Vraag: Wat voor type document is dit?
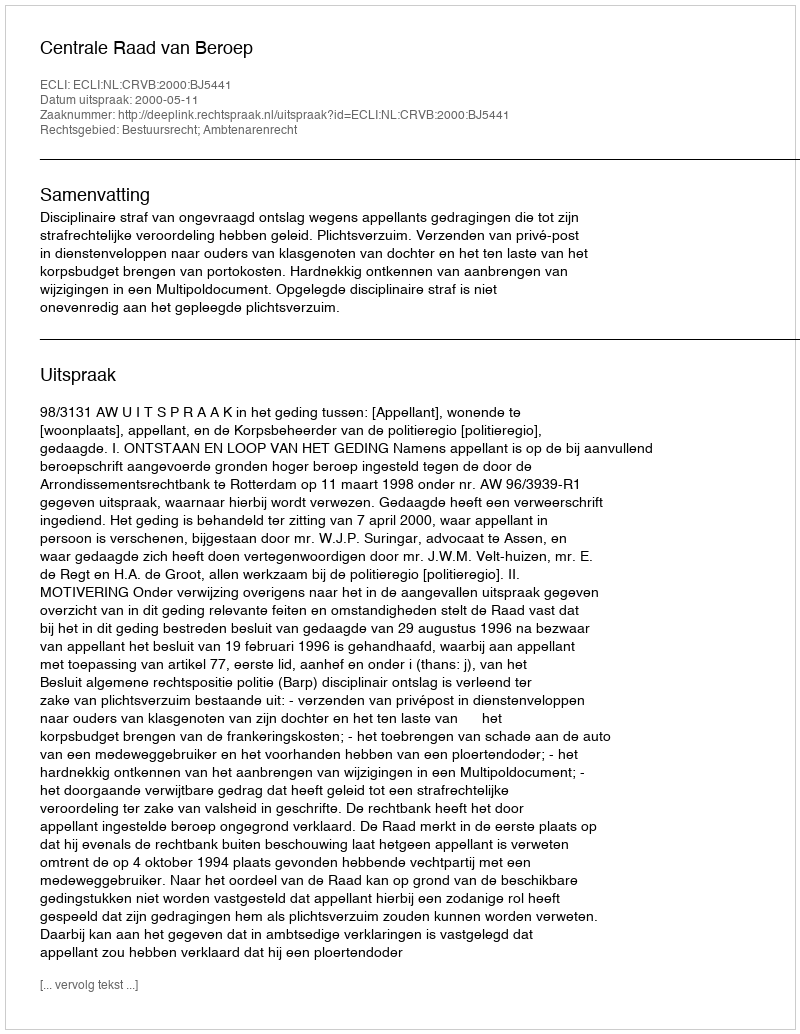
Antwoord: Uitspraak